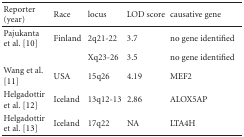
<table><thead><tr><td><b>Reporter (year)</b></td><td><b>Race</b></td><td><b>locus</b></td><td><b>LOD score</b></td><td><b>causative gene</b></td></tr></thead><tbody><tr><td>Pajukanta et al. [10]</td><td>Finland</td><td>2q21-22</td><td>3.7</td><td>no gene identified</td></tr><tr><td></td><td></td><td>Xq23-26</td><td>3.5</td><td>no gene identified</td></tr><tr><td>Wang et al. [11]</td><td>USA</td><td>15q26</td><td>4.19</td><td>MEF2</td></tr><tr><td>Helgadottir et al. [12]</td><td>Iceland</td><td>13q12-13</td><td>2.86</td><td>ALOX5AP</td></tr><tr><td>Helgadottir et al. [13]</td><td>Iceland</td><td>17q22</td><td>NA</td><td>LTA4H</td></tr></tbody></table>